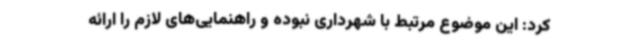
کرد: این موضوع مرتبط با شهرداری نبوده و راهنمایی‌های لازم را ارائه